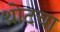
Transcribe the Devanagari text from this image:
थ्रोटचा